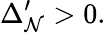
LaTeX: \Delta_{\mathcal{N}}^{\prime}>0.